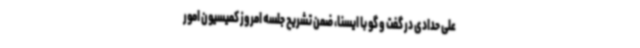
علی حدادی در گفت و گو با ایسنا، ضمن تشریح جلسه امروز کمیسیون امور